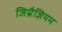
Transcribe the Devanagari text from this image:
जिम्नैज़ियम